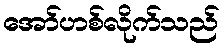
အော်ဟစ်လိုက်သည်